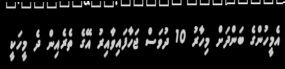
އެމީހުންގެ ބަންދަށް މިހާރު 10 ދުވަސް ޖަހާފައިވާއިރު އޭގެ ތެރެއިން ދެ މީހަކީ